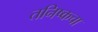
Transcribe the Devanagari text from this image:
तनिष्कचा